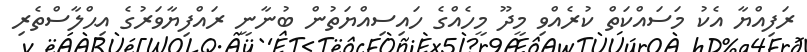
ރަފިއްޔާ އެކު މަސައްކަތް ކުރެއްވި މީދޫ މީހެއްގެ ހައިސިއްޔަތުން ބުނާނީ ރައްފިޔާވަރުގެ އިޙްލާސްތެރި